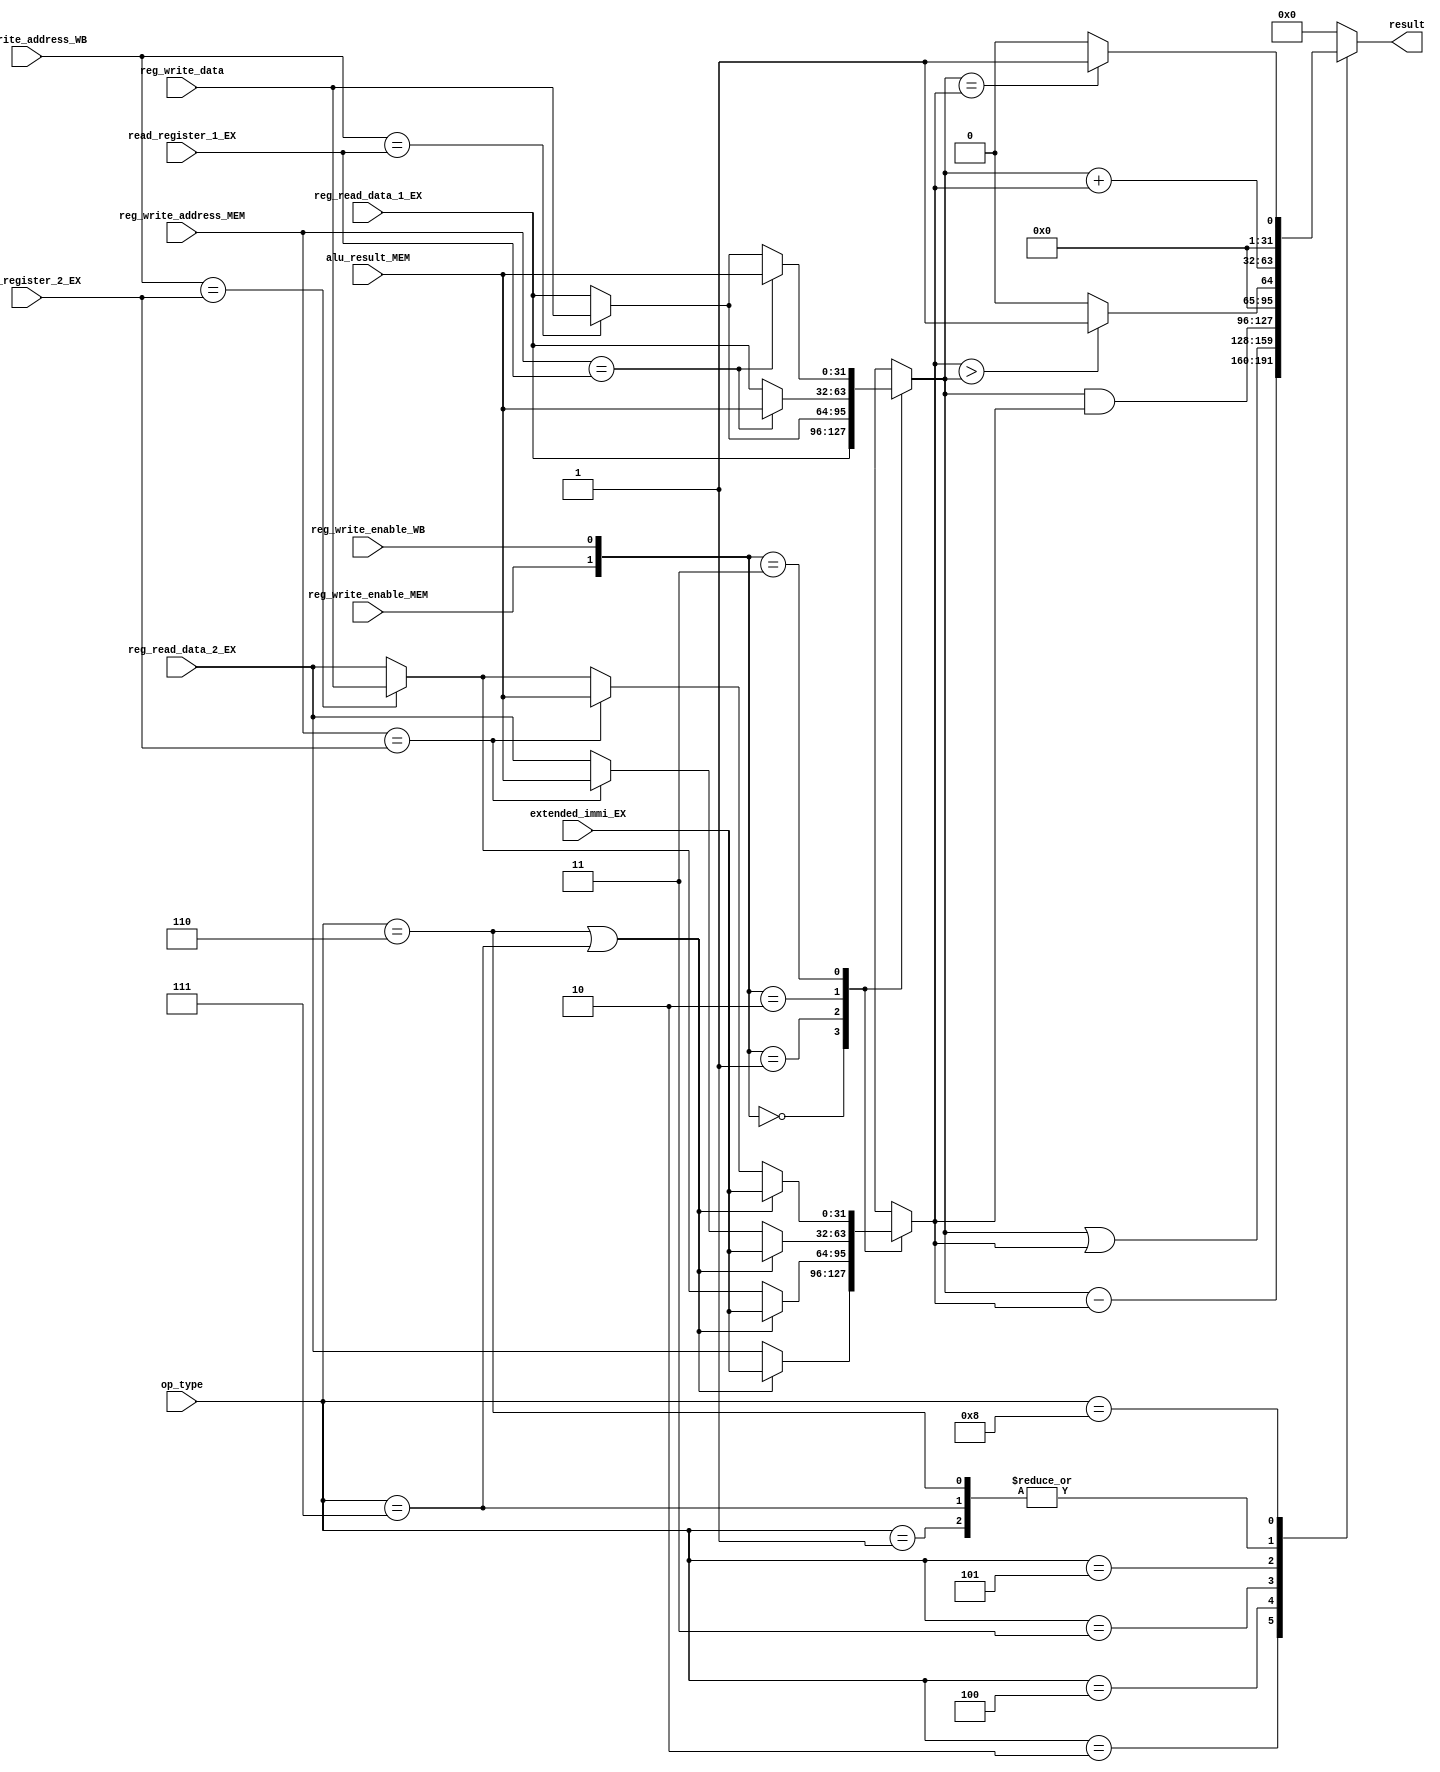
`timescale 1ns / 1ps

module ALU(
	input [3:0] op_type,
	input reg_write_enable_MEM,
	input reg_write_enable_WB,
	input [4:0] reg_write_address_WB,
	input [4:0] reg_write_address_MEM,
	input [31:0] reg_read_data_1_EX,
	input [31:0] reg_read_data_2_EX,
	input [4:0] read_register_1_EX,
	input [4:0] read_register_2_EX,
	input [31:0] extended_immi_EX,
	input [31:0] reg_write_data,
	input [31:0] alu_result_MEM,
	
	output reg [31:0] result
    );
    
	// Opreation parameters
    parameter ADD = 4'b0001;
    parameter SUB = 4'b0010;
    parameter AND = 4'b0011;
    parameter OR = 4'b0100;
    parameter SLT = 4'b0101;
    parameter LW = 4'b0110;
    parameter SW = 4'b0111;
    parameter BEQ = 4'b1000;
    parameter J = 4'b1001;
    
	// Internal registers
	reg [31:0] data_1;
	reg [31:0] data_2;

    always @(*) begin
		case ({reg_write_enable_MEM,reg_write_enable_WB})
			2'b00: begin
				data_1 = reg_read_data_1_EX;
				data_2 = ((op_type==LW)|(op_type==SW))? extended_immi_EX: reg_read_data_2_EX;
			end 
			2'b01: begin
				data_1 = (reg_write_address_WB==read_register_1_EX)? reg_write_data: reg_read_data_1_EX;
				data_2 = ((op_type==LW)|(op_type==SW))? extended_immi_EX: (reg_write_address_WB==read_register_2_EX? reg_write_data: reg_read_data_2_EX);
			end
			2'b10: begin
				data_1 = (reg_write_address_MEM==read_register_1_EX)? alu_result_MEM: reg_read_data_1_EX;
				data_2 = ((op_type==LW)|(op_type==SW))? extended_immi_EX: (reg_write_address_MEM==read_register_2_EX? alu_result_MEM: reg_read_data_2_EX);
			end
			2'b11: begin
				data_1 = (reg_write_address_MEM==read_register_1_EX)? alu_result_MEM: (reg_write_address_WB==read_register_1_EX)? reg_write_data: reg_read_data_1_EX;
				data_2 = ((op_type==LW)|(op_type==SW))? extended_immi_EX: (reg_write_address_MEM==read_register_2_EX? alu_result_MEM: (reg_write_address_WB==read_register_2_EX? reg_write_data: reg_read_data_2_EX));
			end
			default: ;
		endcase 
    	case (op_type)
    		ADD: result = data_1 + data_2;
    		SUB: result = data_1 - data_2;
    		OR: result = data_1 | data_2;
    		AND: result = data_1 & data_2;
    		SLT: result = (data_2 > data_1)? 32'd1: 32'd0;
    		LW,SW: result = data_1 + data_2;
    		BEQ: result = (data_1 == data_2)? 32'd1: 32'd0;
    		default: result = 0;
    	endcase
    end 
    
endmodule